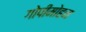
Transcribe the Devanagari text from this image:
गोपीमोहन